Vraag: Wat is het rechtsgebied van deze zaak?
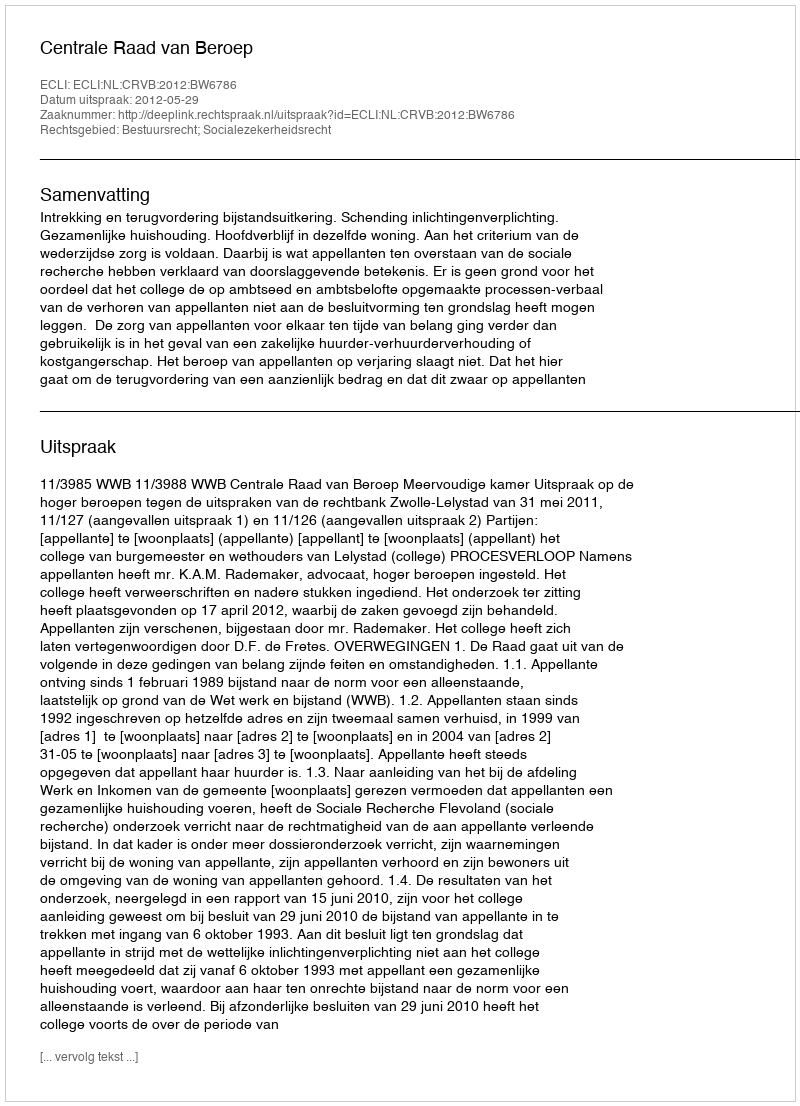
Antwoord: Bestuursrecht; Socialezekerheidsrecht